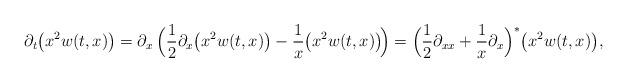
LaTeX: \begin{align*}\partial_t\big(x^2 w(t,x)\big) =\partial_x\,\Big(\frac{1}{2}\partial_x\big(x^2 w(t,x)\big)-\frac{1}{x}\big(x^2 w(t,x)\big)\!\Big)=\Big(\frac{1}{2}\partial_{xx}+\frac{1}{x}\partial_x\Big)^*\big(x^2 w(t,x)\big),\end{align*}